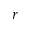
\boldsymbol { r }